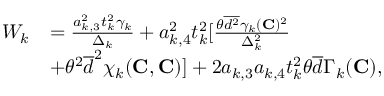
\begin{array} { r l } { W _ { k } } & { = \frac { a _ { k , 3 } ^ { 2 } t _ { k } ^ { 2 } \gamma _ { k } } { \Delta _ { k } } + a _ { k , 4 } ^ { 2 } t _ { k } ^ { 2 } [ \frac { \theta \overline { { d ^ { 2 } } } \gamma _ { k } ( { \mathbf { C } } ) ^ { 2 } } { \Delta _ { k } ^ { 2 } } } \\ & { + \theta ^ { 2 } \overline { { d } } ^ { 2 } \chi _ { k } ( { \mathbf { C } } , { \mathbf { C } } ) ] + 2 a _ { k , 3 } a _ { k , 4 } t _ { k } ^ { 2 } \theta \overline { { d } } \Gamma _ { k } ( { \mathbf { C } } ) , } \end{array}